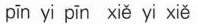
pīn yi pīn xiě yi xiě